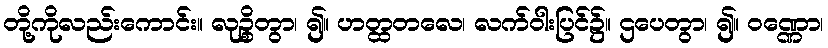
တို့ကိုလည်းကောင်း။ လုဉ္စိတွာ၊ ၍။ ဟတ္ထတလေ၊ လက်ဝါးပြင်၌။ ဌပေတွာ၊ ၍။ ဝဏ္ဏော၊